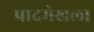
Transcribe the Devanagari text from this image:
पादमेखला